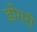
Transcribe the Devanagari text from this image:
डीगरी